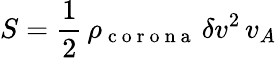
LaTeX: S=\frac 12\, \rho_{\mathrm{~c~o~r~o~n~a~}}\, \delta v^{2}\, v_{A}